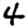
Digit: 4